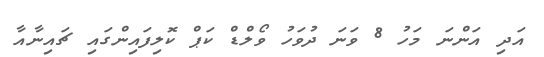
އަދި އަންނަ މަހު 8 ވަނަ ދުވަހު ވޯލްޑް ކަޕް ކޮލިފައިންގައި ޗައިނާއާ